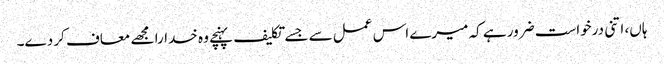
ہاں، اتنی درخواست ضرور ہے کہ میرے اس عمل سے جسے تکلیف پہنچے وہ خدارا مجھے معاف کر دے۔